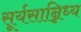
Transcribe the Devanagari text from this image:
सूर्यसान्निध्य